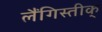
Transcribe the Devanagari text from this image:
लैंगिस्तीक्